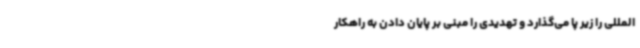
المللی را زیر پا می‌گذارد و تهدیدی را مبنی بر پایان دادن به راهکار